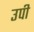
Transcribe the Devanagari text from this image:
उपी